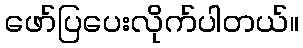
ဖော်ပြပေးလိုက်ပါတယ်။